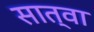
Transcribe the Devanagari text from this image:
सात्वा